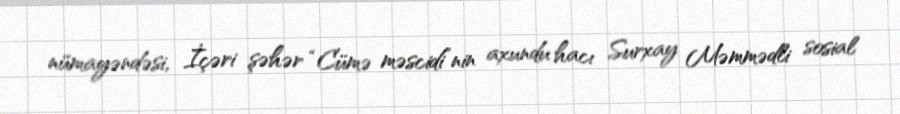
nümayəndəsi, İçəri şəhər “Cümə məscidi”nin axundu hacı Surxay Məmmədli sosial